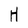
Character: H